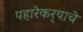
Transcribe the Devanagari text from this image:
पहारेकर्‍याचे